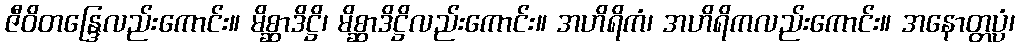
ဇီဝိတန္ဒြေလည်းကောင်း။ မိစ္ဆာဒိဋ္ဌိ၊ မိစ္ဆာဒိဋ္ဌိလည်းကောင်း။ အဟိရိကံ၊ အဟိရိကလည်းကောင်း။ အနောတ္တပ္ပံ၊